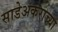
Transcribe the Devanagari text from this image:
साडेअकराच्या